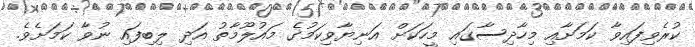
ކުރެވިފައިވާ ކަމަށާއި މިހާދިސާގައި މީހަކަށް އަނިޔާވިކަމުގެ މައުލޫމާތު އަދި ލިބިފައި ނުވާ ކަމަށެވެ.